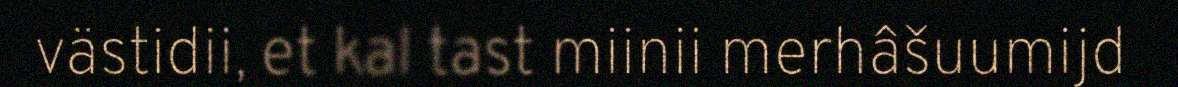
västidii, et kal tast miinii merhâšuumijd